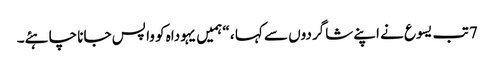
7 تب یسوع نے اپنے شاگردوں سے کہا ، “ہمیں یہوداہ کو وا پس جانا چاہئے۔